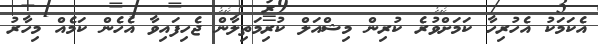
އެކަމަކު އެހުރިހާ ކަމަށްވުރެ ކުރިން މިޝްއަލް ކުރިމަތިލާން ޖެހިފައިވާ އެހެން ކަމެއް މިހާރު